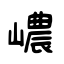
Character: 嶩